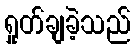
ရှုတ်ချခဲ့သည်